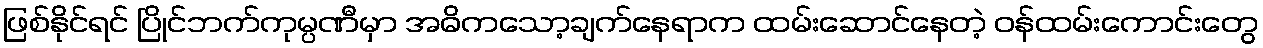
ဖြစ်နိုင်ရင် ပြိုင်ဘက်ကုမ္ပဏီမှာ အဓိကသော့ချက်နေရာက ထမ်းဆောင်နေတဲ့ ဝန်ထမ်းကောင်းတွေ